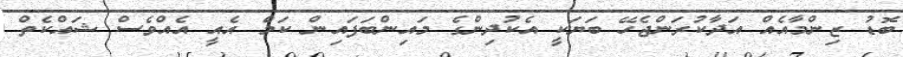
ބޮޑު ޒިންމާއެއް އަދާކުރަންޖެހޭ ބަޔަކީ އެކުދިންގެ މައިންބަފައިން ކަމް އެއީ އެއްވެސް ޝައްކެތް